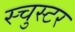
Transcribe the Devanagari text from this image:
स्चुस्टर